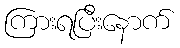
ကြားရပြီးနောက်